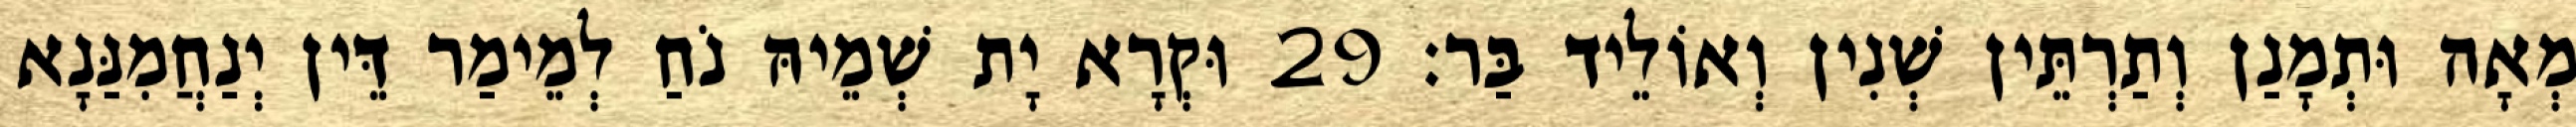
מְאָה וּתְמָנַן וְתַרְתֵּין שְׁנִין וְאוֹלֵיד בַּר׃ 29 וּקְרָא יָת שְׁמֵיהּ נֹחַ לְמֵימַר דֵּין יְנַחֲמִנַּנָא